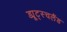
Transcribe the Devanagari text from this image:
ड्यूट्स्चलैंड